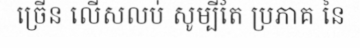
ច្រើន លើសលប់ សូម្បីតែ ប្រភាគ នៃ